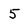
Character: 5